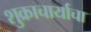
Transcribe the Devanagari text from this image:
शुक्राचार्याचा